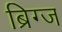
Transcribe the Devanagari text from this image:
ब्रिग्ज